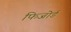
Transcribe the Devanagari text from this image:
फिजोर्ड